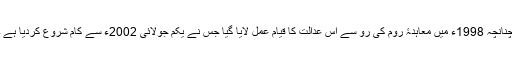
چنانچہ 1998ء میں معاہدۂ روم کی رو سے اس عدالت کا قیام عمل لایا گیا جس نے یکم جولائی 2002ء سے کام شروع کردیا ہے ۔